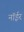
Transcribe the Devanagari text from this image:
नॉईर